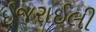
ઇજરાઈલી